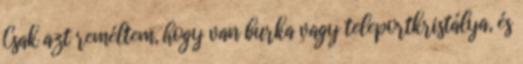
Csak azt reméltem, hogy van burka vagy teleportkristálya, és